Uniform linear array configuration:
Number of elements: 24
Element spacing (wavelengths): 1
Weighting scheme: blackman
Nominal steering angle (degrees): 60
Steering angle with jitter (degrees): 58.005
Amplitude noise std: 0.05
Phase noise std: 0.05

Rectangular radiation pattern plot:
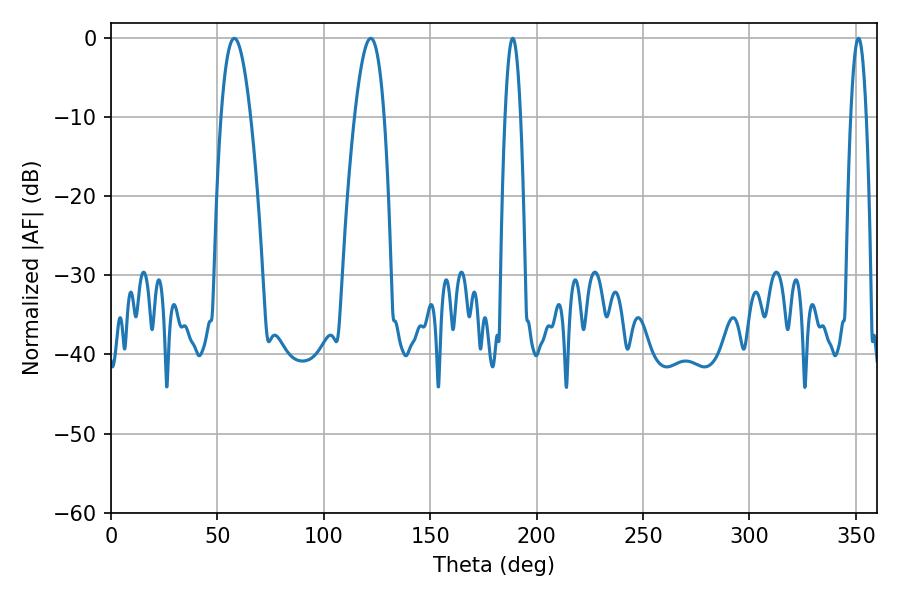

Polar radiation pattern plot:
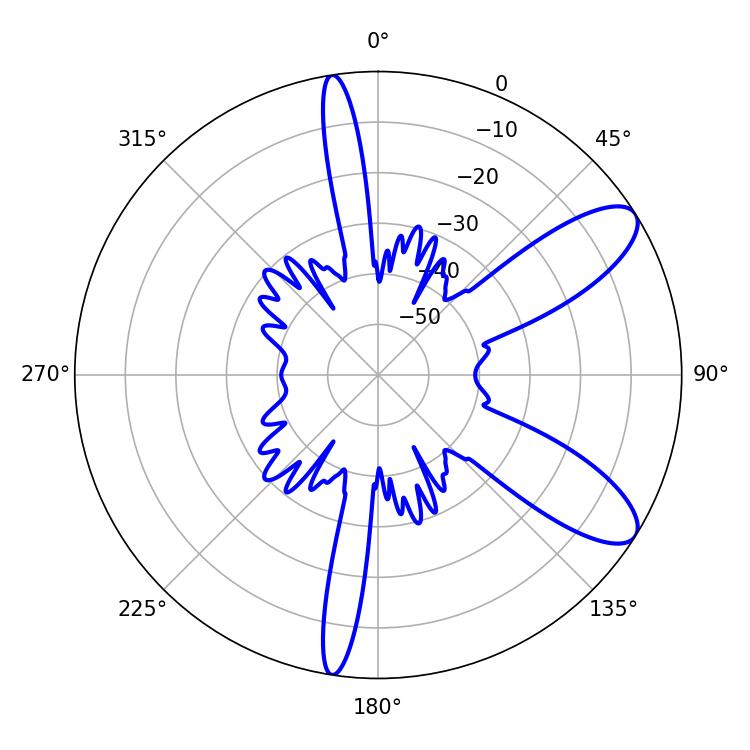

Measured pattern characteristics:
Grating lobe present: TRUE
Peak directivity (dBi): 9.581
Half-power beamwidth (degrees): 7.56
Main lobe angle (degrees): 122.04